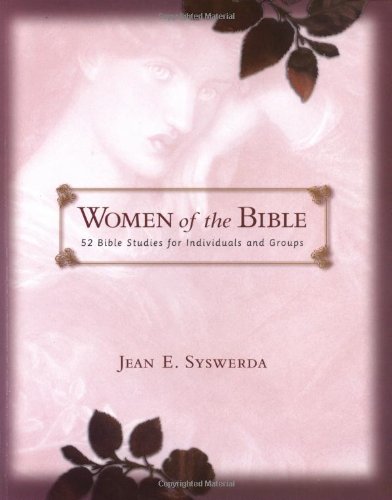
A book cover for Women of the Bible: 52 Bible Studies for Individuals and Groups; Jean E. Syswerda; Christian Books & Bibles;